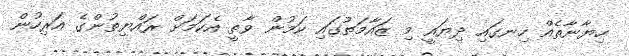
ހިޔާނާތެއް ހިނގައި ދިޔައީ މި ޒައާމަތުގައި ކަމުން ވާތީ އެކަމަށް ރައްޔިތުންގެ އަރިހުން